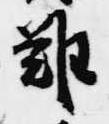
難